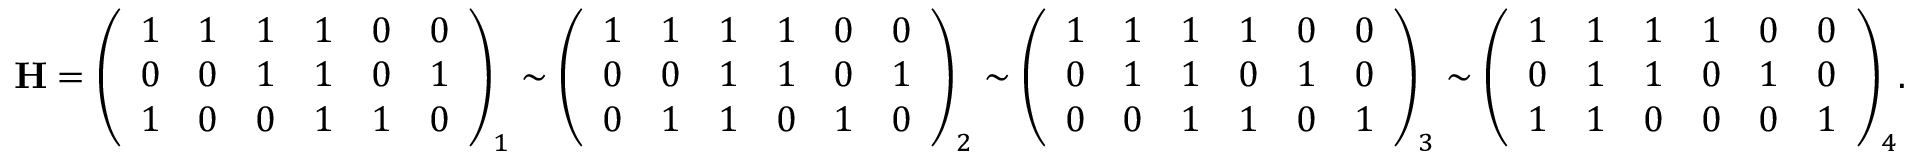
\mathbf { H } = { \left( \begin{array} { l l l l l l } { 1 } & { 1 } & { 1 } & { 1 } & { 0 } & { 0 } \\ { 0 } & { 0 } & { 1 } & { 1 } & { 0 } & { 1 } \\ { 1 } & { 0 } & { 0 } & { 1 } & { 1 } & { 0 } \end{array} \right) } _ { 1 } \sim { \left( \begin{array} { l l l l l l } { 1 } & { 1 } & { 1 } & { 1 } & { 0 } & { 0 } \\ { 0 } & { 0 } & { 1 } & { 1 } & { 0 } & { 1 } \\ { 0 } & { 1 } & { 1 } & { 0 } & { 1 } & { 0 } \end{array} \right) } _ { 2 } \sim { \left( \begin{array} { l l l l l l } { 1 } & { 1 } & { 1 } & { 1 } & { 0 } & { 0 } \\ { 0 } & { 1 } & { 1 } & { 0 } & { 1 } & { 0 } \\ { 0 } & { 0 } & { 1 } & { 1 } & { 0 } & { 1 } \end{array} \right) } _ { 3 } \sim { \left( \begin{array} { l l l l l l } { 1 } & { 1 } & { 1 } & { 1 } & { 0 } & { 0 } \\ { 0 } & { 1 } & { 1 } & { 0 } & { 1 } & { 0 } \\ { 1 } & { 1 } & { 0 } & { 0 } & { 0 } & { 1 } \end{array} \right) } _ { 4 } .